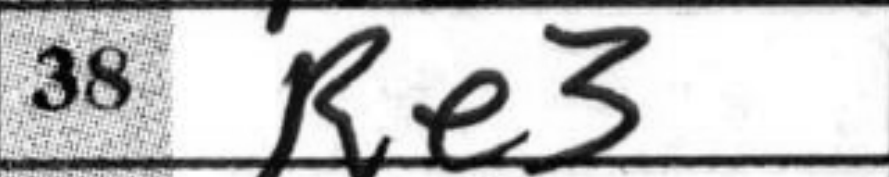
Transcription: Re3